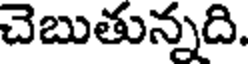
చెబుతున్నది.